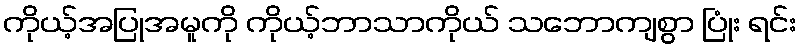
ကိုယ့်အပြုအမူကို ကိုယ့်ဘာသာကိုယ် သဘောကျစွာ ပြုံး ရင်း